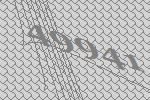
49941